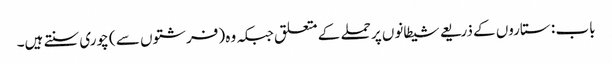
باب : ستاروں کے ذریعے شیطانوں پر حملے کے متعلق جبکہ وہ (فرشتوں سے ) چوری سنتے ہیں۔